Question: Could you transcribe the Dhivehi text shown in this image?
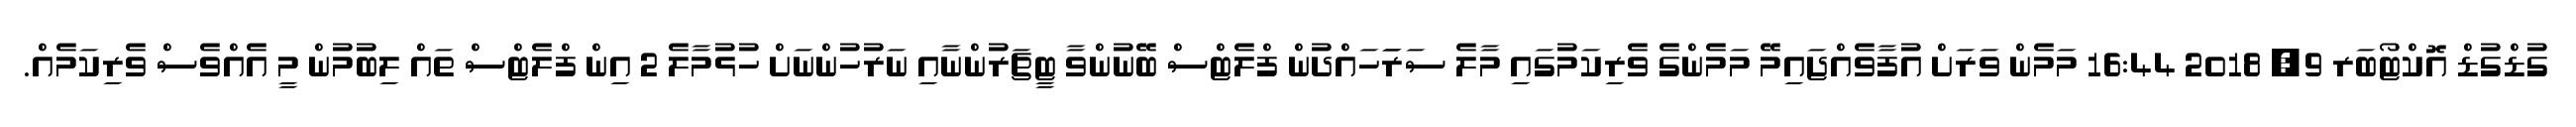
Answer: ގުޑްގުޑް އޮކްޓޯބަރ 9, 2018 16:44 މަމެން ވަރަށް އުފާވެއްޖައިމޭ މަމެންގެ ވެރިކަމުގައި މާލެ ސަރަަހައްދުން ފްލެޓްސް ބޭނުންވާ ޓީޗަރުންނާއި ނަރުހުންނަށް ހުޅުމާލެ 2 އިން ފްލެޓްސް ތައް ލިބުމުން މީ އެއްވެސް ވެރިކަމެއް.